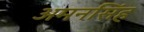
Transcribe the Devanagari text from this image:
अमनसिंह